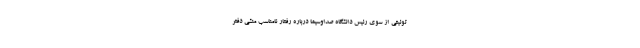
توئیتی از سوی رئیس دانشگاه صداوسیما درباره رفتار نامناسب منشی دفتر